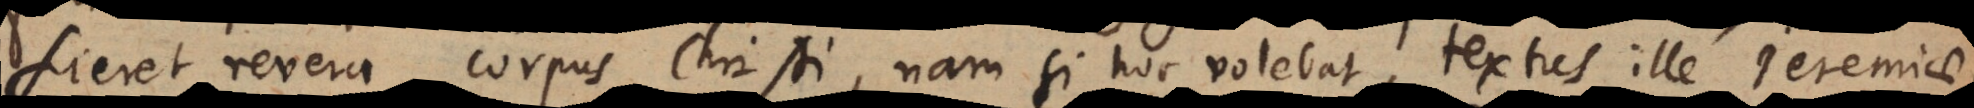
fieret revera corpus Christi, nam si hoc volebat, textus ille Jeremiae